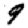
Digit: 9